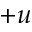
+ u